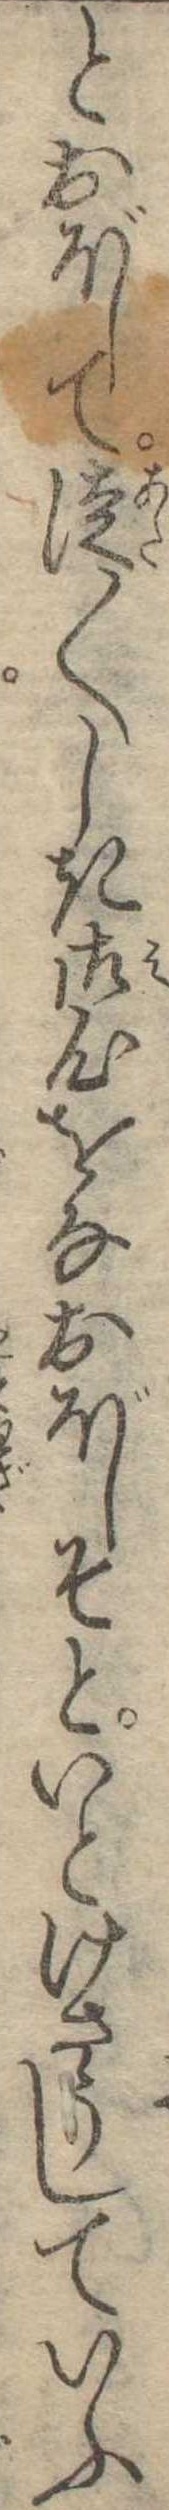
とおぼして徒〱しき御心をなおぼしそといとけさうじていふ